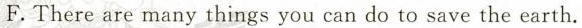
F.There are many things you can do to save the earth.